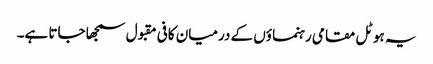
یہ ہوٹل مقامی رہنما ؤں کے درمیان کافی مقبول سمجھا جاتا ہے۔